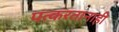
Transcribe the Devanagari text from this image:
पत्करतानाही